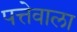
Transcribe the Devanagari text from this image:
पत्तेवाला